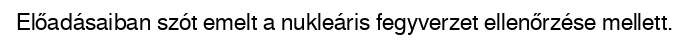
Előadásaiban szót emelt a nukleáris fegyverzet ellenőrzése mellett.